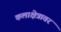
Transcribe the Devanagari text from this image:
कलाक्षेत्रावर